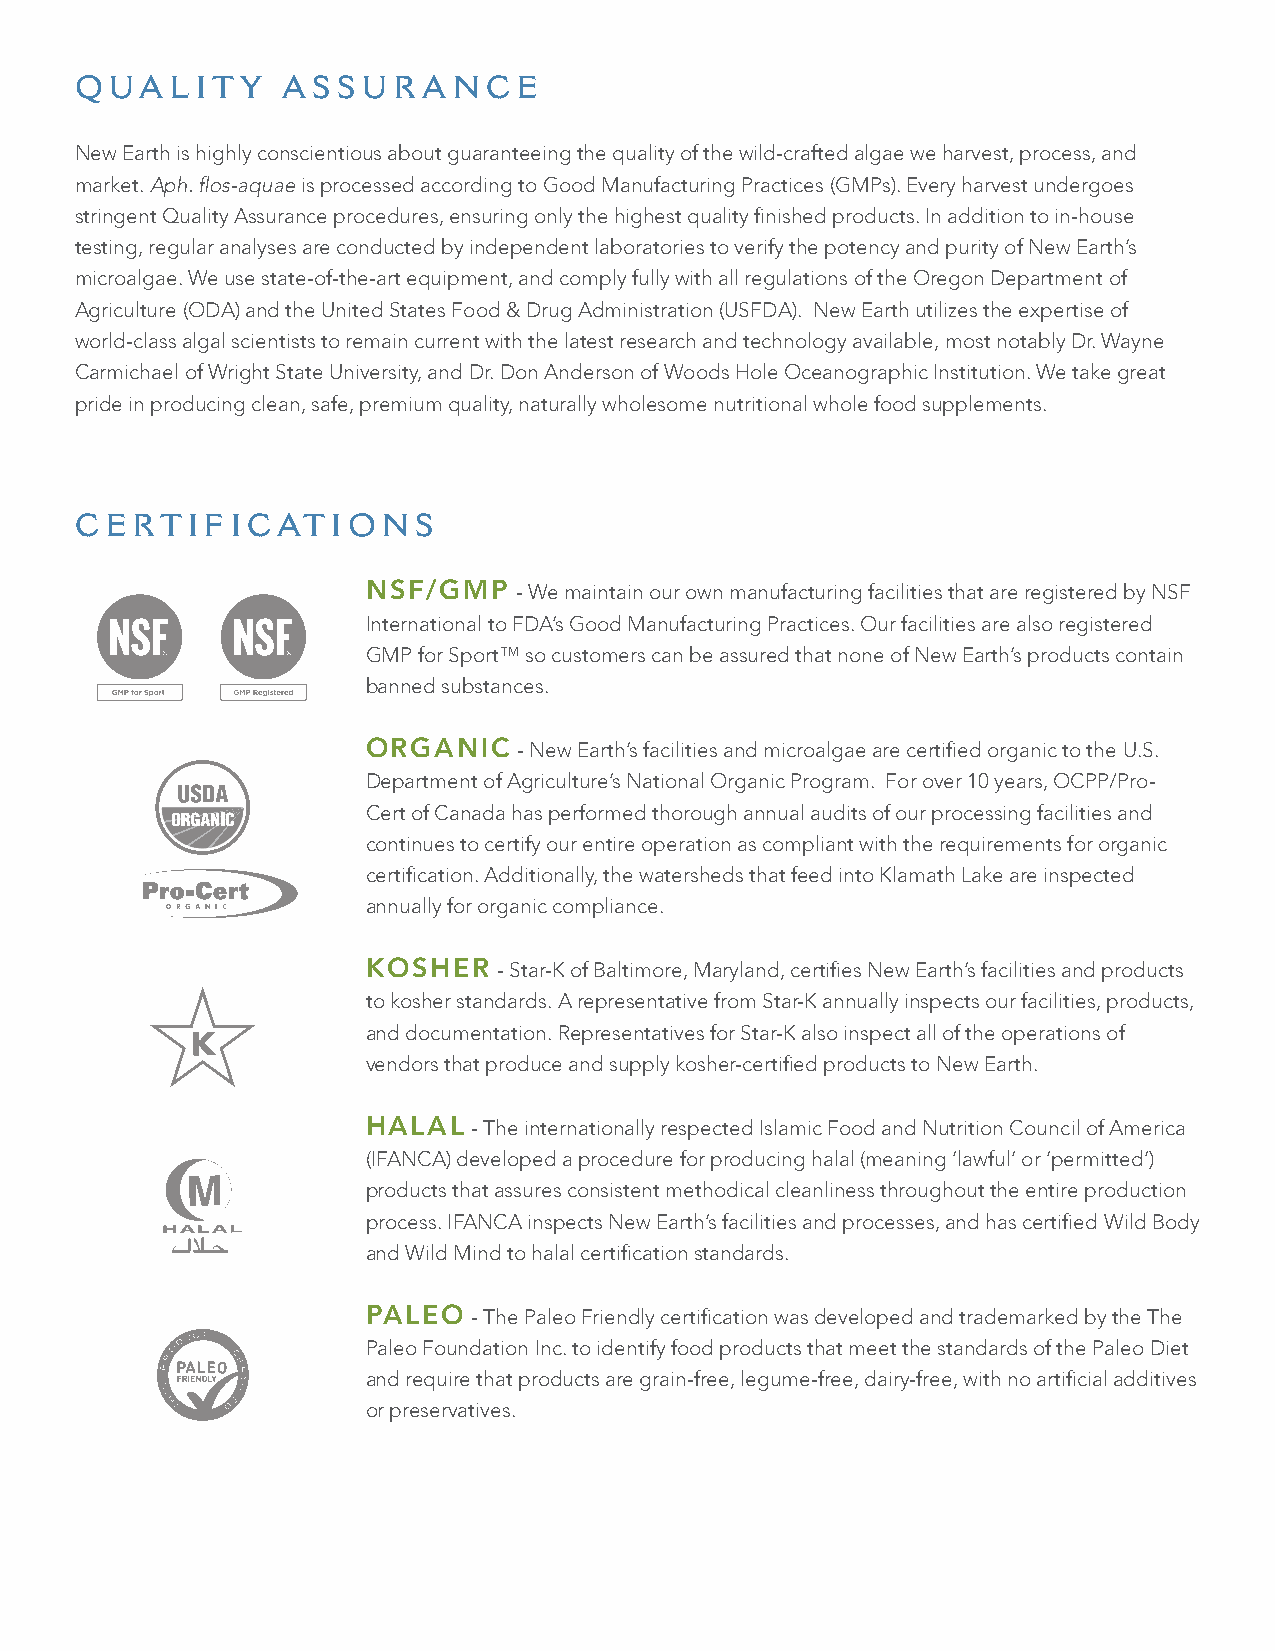
QUA   LI TY   ASSUR    A NCE
 New Earth is highly conscientious about guaranteeing the quality of the wild-crafted algae we harvest, process, and
 market. Aph. flos-aquae is processed according to Good Manufacturing Practices (GMPs). Every harvest undergoes
 stringent Quality Assurance procedures, ensuring only the highest quality finished products. In addition to in-house
 testing, regular analyses are conducted by independent laboratories to verify the potency and purity of New Earth’s
 microalgae. We use state-of-the-art equipment, and comply fully with all regulations of the Oregon Department of
 Agriculture (ODA) and the United States Food & Drug Administration (USFDA). New Earth utilizes the expertise of
 world-class algal scientists to remain current with the latest research and technology available, most notably Dr. Wayne
 Carmichael of Wright State University, and Dr. Don Anderson of Woods Hole Oceanographic Institution. We take great
 pride in producing clean, safe, premium quality, naturally wholesome nutritional whole food supplements.
 CERTIFI    CATIO    NS
 NSF/GMP   - We maintain our own manufacturing facilities that are registered by NSF
 International to FDA’s Good Manufacturing Practices. Our facilities are also registered
 GMP for Sport™ so customers can be assured that none of New Earth’s products contain
 banned substances.
 ORGANIC   - New Earth’s facilities and microalgae are certified organic to the U.S.
 Department of Agriculture’s National Organic Program. For over 10 years, OCPP/Pro-
 Cert of Canada has performed thorough annual audits of our processing facilities and
 continues to certify our entire operation as compliant with the requirements for organic
 certification. Additionally, the watersheds that feed into Klamath Lake are inspected
 annually for organic compliance.
 KOSHER   - Star-K of Baltimore, Maryland, certifies New Earth’s facilities and products
 to kosher standards. A representative from Star-K annually inspects our facilities, products,
 and documentation. Representatives for Star-K also inspect all of the operations of
 vendors that produce and supply kosher-certified products to New Earth.
 HALAL  - The internationally respected Islamic Food and Nutrition Council of America
 (IFANCA) developed a procedure for producing halal (meaning ‘lawful’ or ‘permitted’)
 products that assures consistent methodical cleanliness throughout the entire production
 process. IFANCA inspects New Earth’s facilities and processes, and has certified Wild Body
 and Wild Mind to halal certification standards.
 PALEO  - The Paleo Friendly certification was developed and trademarked by the The
 Paleo Foundation Inc. to identify food products that meet the standards of the Paleo Diet
 and require that products are grain-free, legume-free, dairy-free, with no artificial additives
 or preservatives.